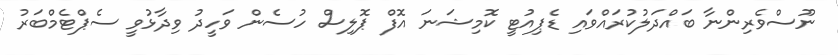
ނޫސްވެރިންނާ ބައްދަލުކުރައްވައި ޑެޕިއުޓީ ކޮމިޝަނަ އޮފް ޕޮލިސް ހުސެން ވަހީދު ވިދާޅުވީ ސެޕްޓެމްބަރު